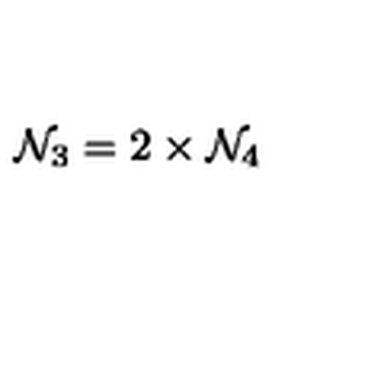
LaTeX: { \cal N } _ { 3 } = 2 \times { \cal N } _ { 4 }